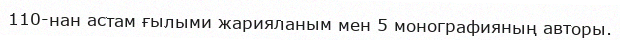
110-нан астам ғылыми жарияланым мен 5 монографияның авторы.